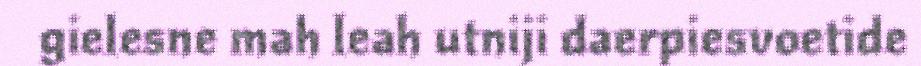
gielesne mah leah utniji daerpiesvoetide